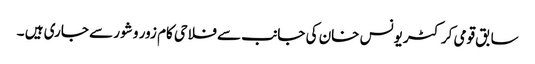
سابق قومی کرکٹر یونس خان کی جانب سے فلاحی کام زور و شور سے جاری ہیں ۔